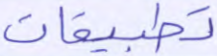
تطبيقات